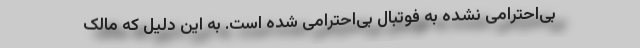
بی‌احترامی نشده به فوتبال بی‌احترامی شده است. به این دلیل که مالک